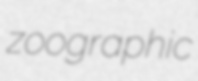
zoographic